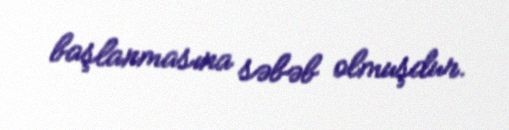
başlanmasına səbəb olmuşdur.